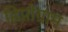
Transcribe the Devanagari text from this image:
हिप्नोग्राम